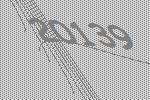
20139